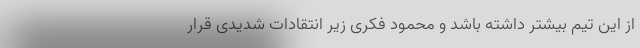
از این تیم بیشتر داشته باشد و محمود فکری زیر انتقادات شدیدی قرار